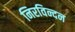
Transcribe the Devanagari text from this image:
निरविन्दन